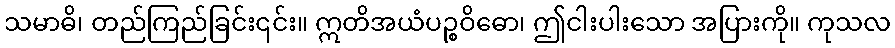
သမာဓိ၊ တည်ကြည်ခြင်း၎င်း။ ဣတိအယံပဉ္စဝိဓော၊ ဤငါးပါးသော အပြားကို။ ကုသလ